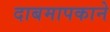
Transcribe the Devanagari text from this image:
दाबमापकाने